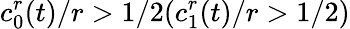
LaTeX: c_{0}^{r}(t)/r>1/2(c_{1}^{r}(t)/r>1/2)